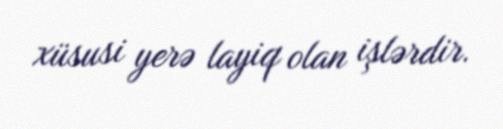
xüsusi yerə layiq olan işlərdir.